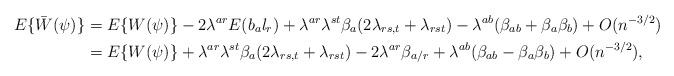
\begin{align*}E\{\bar W(\psi)\}&=E\{W(\psi)\}-2\lambda^{ar}E(b_a l_r)+\lambda^{ar}\lambda^{st}\beta_a(2\lambda_{rs,t}+\lambda_{rst})-\lambda^{ab}(\beta_{ab}+\beta_a\beta_b)+O(n^{-3/2})\\&=E\{W(\psi)\}+\lambda^{ar}\lambda^{st}\beta_a(2\lambda_{rs,t}+\lambda_{rst})-2\lambda^{ar}\beta_{a/r}+\lambda^{ab}(\beta_{ab}-\beta_a\beta_b)+O(n^{-3/2}),\end{align*}